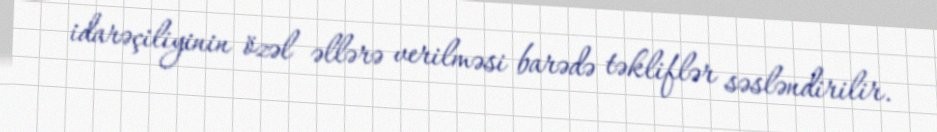
idarəçiliyinin özəl əllərə verilməsi barədə təkliflər səsləndirilir.